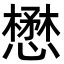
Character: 懋